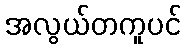
အလွယ်တကူပင်